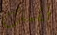
فقمت